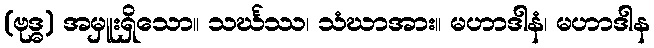
(ဗုဒ္ဓ) အမှူးရှိသော။ သင်္ဃဿ၊ သံဃာအား။ မဟာဒါနံ၊ မဟာဒါန